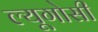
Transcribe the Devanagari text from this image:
ल्यूगोसी